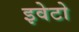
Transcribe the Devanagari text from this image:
इवेटो